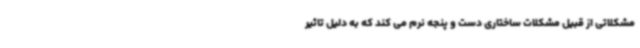
مشکلاتی از قبیل مشکلات ساختاری دست و پنجه نرم می کند که به دلیل تاثیر